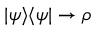
| \psi \rangle \langle \psi | \rightarrow \rho